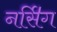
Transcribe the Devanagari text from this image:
नर्सि॑ग